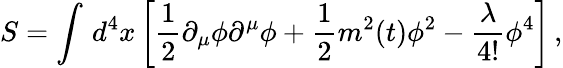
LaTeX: S=\int\, d^{4}x\left[\frac{1}{2}\partial_{\mu}\phi\partial^{\mu}\phi+\frac{1}{2}m^{2}(t)\phi^{2}-\frac{\lambda}{4!}\phi^{4}\right]\, ,